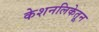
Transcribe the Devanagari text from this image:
केशनलिकेतून